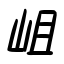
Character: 岨